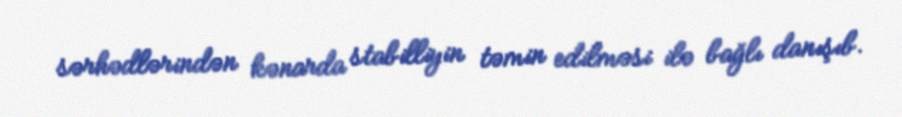
sərhədlərindən kənarda stabilliyin təmin edilməsi ilə bağlı danışıb.